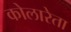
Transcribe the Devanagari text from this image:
कोलारेता